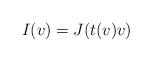
LaTeX: \begin{align*} I(v) = J(t(v)v)\end{align*}